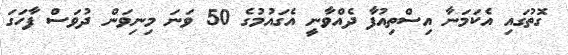
ގޮތުގައި އެކަމަނާ އިސްތިއުފާ ދެއްވާނީ އެގައުމުގެ 50 ވަނަ މިނިވަން ދުވަސް ފާހަގަ